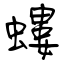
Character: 螻